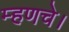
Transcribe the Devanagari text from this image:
म्हणचे।